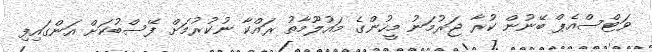
ވަޓްސްއެޕް ބޭނުން ކުރާ ޖަރުމަނު މީހުންގެ މައުލޫމާތު ރައްކާ ނުކުރުމަށް ފޭސްބުކަށް އަންގައިފި